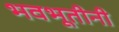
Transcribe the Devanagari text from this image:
भवभूतीनी